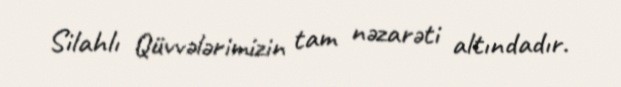
Silahlı Qüvvələrimizin tam nəzarəti altındadır.